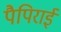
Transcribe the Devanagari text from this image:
पैपिराई